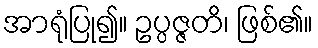
အာရုံပြု၍။ ဥပ္ပဇ္ဇတိ၊ ဖြစ်၏။